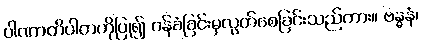
ပါဏာတိပါတကိုပြု၍ ဝန်ခံခြင်းမှလွတ်စေခြင်းသည်ကား။ ဗန္ဓနံ၊